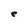
Character: e